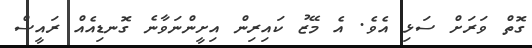
ގޮތް ވަރަށް ސަޅި އެވެ. އެ މޭޒު ކައިރިން އިށީންނަވާނެ ގޮނޑިއެއް ރައީސް